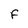
Character: F